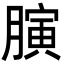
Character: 𦟘